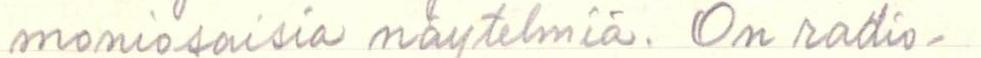
moniosaisia näytelmiä. On radio-